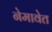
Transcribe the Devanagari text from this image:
नेमावेत